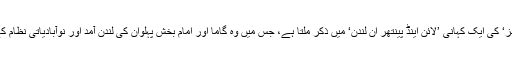
اس حوالے سے امریکی مصنفہ تانیہ جیمز کی کہانیوں پر مشتمل کتاب ’ایروگرمز‘ کی ایک کہانی ’لائن اینڈ پینتھر ان لندن‘ میں ذکر ملتا ہے، جس میں وہ گاما اور امام بخش پہلوان کی لندن آمد اور نوآبادیاتی نظام کے عروج کے دوران دیسی پہلوانوں کی نفسیات اور کردار کی عکاسی کرتی ہیں۔